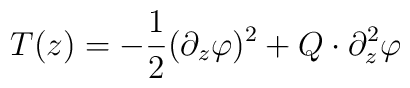
T(z)=-\frac 12(\partial _z\varphi )^2+Q\cdot \partial _z^2\varphi